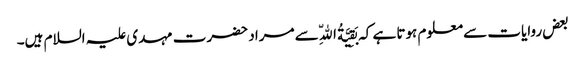
بعض روایات سے معلوم ہوتا ہے کہ بَقِیَّةُ اللّهِ سے مراد حضرت مہدی علیہ السلام ہیں۔